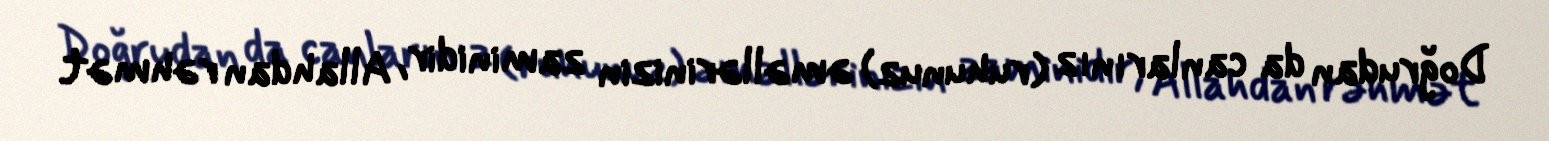
Doğrudan da canlarınız (ruhunuz) əməllərinizin zaminidir, Allahdan rəhmət